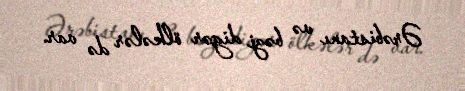
Ərəbistanı və bəzi digər ölkələr də var.